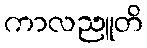
ကာလညူတိ